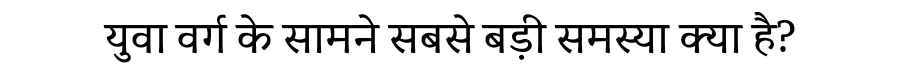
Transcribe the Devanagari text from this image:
युवा वर्ग के सामने सबसे बड़ी समस्या क्या है?